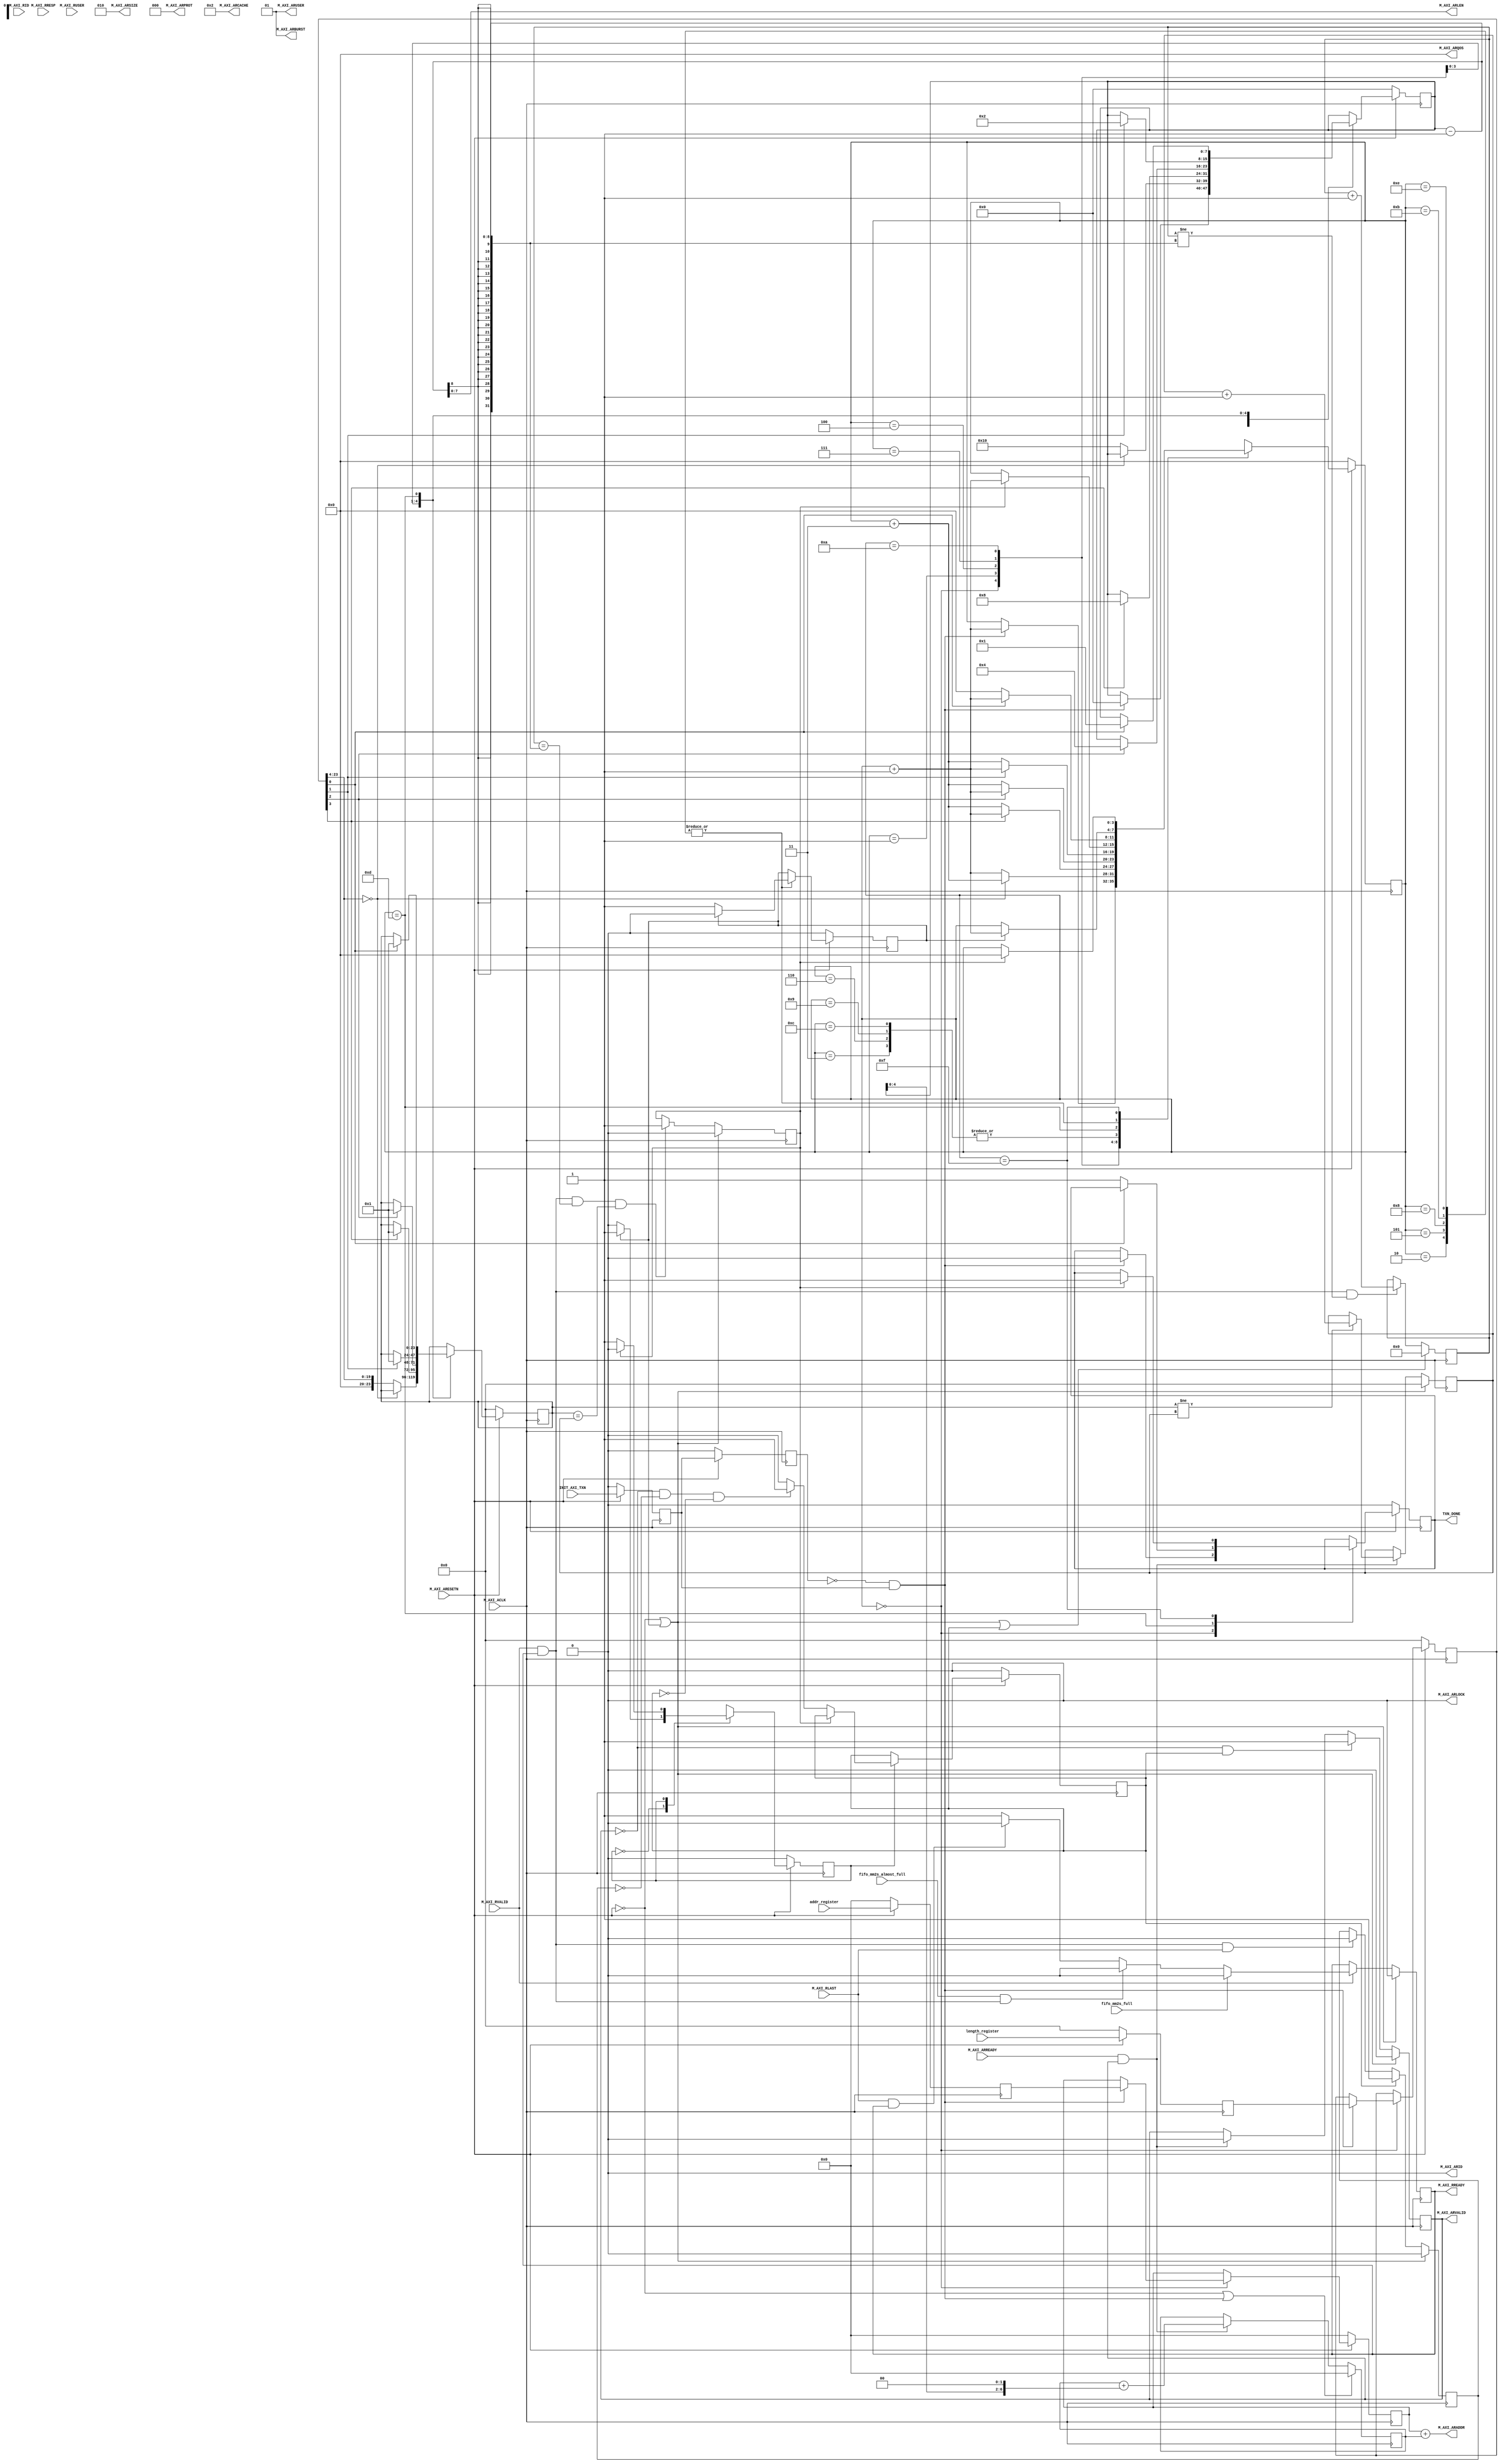

`timescale 1 ns / 1 ps

	module User_DMA_v1_0_M_AXI_FULL_mm2s #
	(
		// Users to add parameters here

		// User parameters ends
		// Do not modify the parameters beyond this line

		// Base address of targeted slave
		parameter  C_M_TARGET_SLAVE_BASE_ADDR	= 32'h40000000,
		// Burst Length. Supports 1, 2, 4, 8, 16, 32, 64, 128, 256 burst lengths
		parameter integer C_M_AXI_BURST_LEN	= 16,
		// Thread ID Width
		parameter integer C_M_AXI_ID_WIDTH	= 1,
		// Width of Address Bus
		parameter integer C_M_AXI_ADDR_WIDTH	= 32,
		// Width of Data Bus
		parameter integer C_M_AXI_DATA_WIDTH	= 32,
		// Width of User Write Address Bus
		parameter integer C_M_AXI_AWUSER_WIDTH	= 0,
		// Width of User Read Address Bus
		parameter integer C_M_AXI_ARUSER_WIDTH	= 0,
		// Width of User Write Data Bus
		parameter integer C_M_AXI_WUSER_WIDTH	= 0,
		// Width of User Read Data Bus
		parameter integer C_M_AXI_RUSER_WIDTH	= 0,
		// Width of User Response Bus
		parameter integer C_M_AXI_BUSER_WIDTH	= 0
	)
	(
		// Users to add ports here

		input fifo_mm2s_full,
		input fifo_mm2s_almost_full,

		input [23:0] length_register,
		input [31:0] addr_register,

		// User ports ends
		// Do not modify the ports beyond this line

		// Initiate AXI transactions
		input wire  INIT_AXI_TXN,
		// Asserts when transaction is complete
		output wire  TXN_DONE,


		// Global Clock Signal.
		input wire  M_AXI_ACLK,
		// Global Reset Singal. This Signal is Active Low
		input wire  M_AXI_ARESETN,

		// Master Interface Read Address.
		output wire [C_M_AXI_ID_WIDTH-1 : 0] M_AXI_ARID,
		// Read address. This signal indicates the initial
    // address of a read burst transaction.
		output wire [C_M_AXI_ADDR_WIDTH-1 : 0] M_AXI_ARADDR,
		// Burst length. The burst length gives the exact number of transfers in a burst
		output wire [7 : 0] M_AXI_ARLEN,
		// Burst size. This signal indicates the size of each transfer in the burst
		output wire [2 : 0] M_AXI_ARSIZE,
		// Burst type. The burst type and the size information,
    // determine how the address for each transfer within the burst is calculated.
		output wire [1 : 0] M_AXI_ARBURST,
		// Lock type. Provides additional information about the
    // atomic characteristics of the transfer.
		output wire  M_AXI_ARLOCK,
		// Memory type. This signal indicates how transactions
    // are required to progress through a system.
		output wire [3 : 0] M_AXI_ARCACHE,
		// Protection type. This signal indicates the privilege
    // and security level of the transaction, and whether
    // the transaction is a data access or an instruction access.
		output wire [2 : 0] M_AXI_ARPROT,
		// Quality of Service, QoS identifier sent for each read transaction
		output wire [3 : 0] M_AXI_ARQOS,
		// Optional User-defined signal in the read address channel.
		output wire [C_M_AXI_ARUSER_WIDTH-1 : 0] M_AXI_ARUSER,
		// Write address valid. This signal indicates that
    // the channel is signaling valid read address and control information
		output wire  M_AXI_ARVALID,
		// Read address ready. This signal indicates that
    // the slave is ready to accept an address and associated control signals
		input wire  M_AXI_ARREADY,
		// Read ID tag. This signal is the identification tag
    // for the read data group of signals generated by the slave.
		input wire [C_M_AXI_ID_WIDTH-1 : 0] M_AXI_RID,
		// Master Read Data
		// input wire [C_M_AXI_DATA_WIDTH-1 : 0] M_AXI_RDATA,
		// Read response. This signal indicates the status of the read transfer
		input wire [1 : 0] M_AXI_RRESP,
		// Read last. This signal indicates the last transfer in a read burst
		input wire  M_AXI_RLAST,
		// Optional User-defined signal in the read address channel.
		input wire [C_M_AXI_RUSER_WIDTH-1 : 0] M_AXI_RUSER,
		// Read valid. This signal indicates that the channel
    // is signaling the required read data.
		input wire  M_AXI_RVALID,
		// Read ready. This signal indicates that the master can
    // accept the read data and response information.
		output wire  M_AXI_RREADY
	);

	  function integer clogb2 (input integer bit_depth);
	  begin
	    for(clogb2=0; bit_depth>0; clogb2=clogb2+1)
	      bit_depth = bit_depth >> 1;
	    end
	  endfunction

	reg all_done;
	reg [3:0] state_ctrl;
	reg [23:0] burst_count;
	wire init_state_signal;
    reg [23:0] len_r_ff,len_r_state;
    reg [31:0] addr_r_ff,addr_r_state;

	reg [C_M_AXI_ADDR_WIDTH-1 : 0] 	axi_araddr;
	reg  	axi_arvalid;
	reg  	axi_rready;

	reg [4 : 0] 	read_index;

	wire [6 : 0] 	burst_size_bytes;

	reg [23 : 0] 	read_burst_counter;

	reg  	start_single_burst_read;

	reg  	reads_done;

	reg  	burst_read_active;

	wire  rnext;

	reg  	init_txn_ff;
	reg  	init_txn_ff2;
	reg  	init_txn_edge;
	reg  init_txn_pulse;

	reg [7:0] burst_len;

	assign M_AXI_ARID	= 'b0;
	assign M_AXI_ARADDR	= addr_r_state + axi_araddr;
	assign M_AXI_ARLEN	= burst_len - 1;
	assign M_AXI_ARSIZE	= clogb2((C_M_AXI_DATA_WIDTH/8)-1);
	assign M_AXI_ARBURST	= 2'b01;
	assign M_AXI_ARLOCK	= 1'b0;
	assign M_AXI_ARCACHE	= 4'b0010;
	assign M_AXI_ARPROT	= 3'h0;
	assign M_AXI_ARQOS	= 4'h0;
	assign M_AXI_ARUSER	= 'b1;
	assign M_AXI_ARVALID	= axi_arvalid;
	assign M_AXI_RREADY	= axi_rready;
	assign TXN_DONE	= all_done;
	assign burst_size_bytes	= burst_len << 2; //C_M_AXI_DATA_WIDTH/8

	  always @(posedge M_AXI_ACLK)
	  begin

	    if (M_AXI_ARESETN == 0 || init_txn_pulse == 1'b1 )
	      begin
	        axi_arvalid <= 1'b0;
	      end
	    else if (~axi_arvalid && start_single_burst_read)
	      begin
	        axi_arvalid <= 1'b1;
	      end
	    else if (M_AXI_ARREADY && axi_arvalid)
	      begin
	        axi_arvalid <= 1'b0;
	      end
	    else
	      axi_arvalid <= axi_arvalid;
	  end

	  always @(posedge M_AXI_ACLK)
	  begin
	    if (M_AXI_ARESETN == 0 || init_state_signal == 1'b1)
	      begin
	        axi_araddr <= 'b0;
	      end
	    else if (M_AXI_ARREADY && axi_arvalid)
	      begin
	        axi_araddr <= axi_araddr + burst_size_bytes;
	      end
	    else
	      axi_araddr <= axi_araddr;
	  end

	  assign rnext = M_AXI_RVALID && axi_rready;

	  always @(posedge M_AXI_ACLK)
	  begin
	    if (M_AXI_ARESETN == 0 || init_txn_pulse == 1'b1 || start_single_burst_read)
	      begin
	        read_index <= 0;
	      end
	    else if (rnext && (read_index != (burst_len-1) ))
	      begin
	        read_index <= read_index + 1;
	      end
	    else
	      read_index <= read_index;
	  end

	  always @(posedge M_AXI_ACLK)
	  begin
	    if (M_AXI_ARESETN == 0 || init_txn_pulse == 1'b1 )
	      begin
	        axi_rready <= 1'b0;
	      end
	    else if (M_AXI_RVALID)
	      begin
            if (fifo_mm2s_full)
              begin
                axi_rready <= 1'b0;
              end
            else if (fifo_mm2s_almost_full && rnext)
              begin
                axi_rready <= 1'b0;
              end
	        else if (M_AXI_RLAST && axi_rready)
	          begin
	            axi_rready <= 1'b0;
	          end
	        else
	          begin
	            axi_rready <= 1'b1;
	          end
	      end
	  end

	  always @(posedge M_AXI_ACLK)
	  begin
	    if (M_AXI_ARESETN == 0 || init_txn_pulse == 1'b1)
	      begin
	        read_burst_counter <= 'b0;
	      end
	    else if (M_AXI_ARREADY && axi_arvalid)
	      begin
	        if (burst_count != read_burst_counter)
	          begin
	            read_burst_counter <= read_burst_counter + 1'b1;
	          end
	      end
	    else
	      read_burst_counter <= read_burst_counter;
	  end

	  always @(posedge M_AXI_ACLK)
	  begin
	    if (M_AXI_ARESETN == 0 || init_txn_pulse == 1'b1)
	      burst_read_active <= 1'b0;
	    else if (start_single_burst_read)
	      burst_read_active <= 1'b1;
	    else if (M_AXI_RVALID && axi_rready && M_AXI_RLAST)
	      burst_read_active <= 0;
	    end

	  always @(posedge M_AXI_ACLK)
	  begin
	    if (M_AXI_ARESETN == 0 || init_txn_pulse == 1'b1)
	      reads_done <= 1'b0;
	    else if (M_AXI_RVALID && axi_rready && (read_index == burst_len-1) && (burst_count == read_burst_counter) )
	      reads_done <= 1'b1;
	    else
	      reads_done <= reads_done;
	    end

	// Add user logic here


	always @(posedge M_AXI_ACLK)
	  begin
	    if (M_AXI_ARESETN == 0 )
	      begin
	        init_txn_ff <= 1'b0;
	        init_txn_ff2 <= 1'b0;
	      end
	    else
	      begin
	        init_txn_ff <= INIT_AXI_TXN;
	        init_txn_ff2 <= init_txn_ff;
	      end
	  end

	assign init_state_signal	= (!init_txn_ff2) && init_txn_ff;

	always @(posedge M_AXI_ACLK)
	  begin
	    if (M_AXI_ARESETN == 0 )
	      begin
	        len_r_ff  <= 0;
					addr_r_ff <= 0;
	      end
	    else
	      begin
	        len_r_ff  <= length_register;
					addr_r_ff <= addr_register;
	      end
	  end

	always @(posedge M_AXI_ACLK)
	  begin
	    if (M_AXI_ARESETN == 0 )
	      begin
					state_ctrl <= 0;

					len_r_state <= 0;
					addr_r_state <= 0;

					burst_len <= 0;
					burst_count <= 0;

					init_txn_pulse <=0;
					all_done <= 0;

	      end
	    else
	      begin
					case (state_ctrl)

						0:
						begin
							if ( init_state_signal == 1'b1)
								begin
									state_ctrl  <= state_ctrl + 1;

									len_r_state <= len_r_ff;
									addr_r_state <= addr_r_ff;

									burst_len <= 0;

									all_done <= 0;
								end
							else
								begin
									state_ctrl  <= state_ctrl;
								end
						end

						1:
						begin
							if(len_r_state[23:4] == 20'd0)
								begin
									state_ctrl <= state_ctrl + 3;
								end
							else
								begin
									state_ctrl <= state_ctrl + 1;
									burst_len <= 16;
									burst_count <= len_r_state[23:4];
								end
						end

						2:
						begin
							if(init_txn_pulse)
								begin
									init_txn_pulse <= 0;
									state_ctrl <= state_ctrl + 1;
								end
							else
								begin
									init_txn_pulse <= 1;
									state_ctrl <= state_ctrl;
								end
						end

						3:
						begin
							if(reads_done)
								begin
									state_ctrl <= state_ctrl + 1;
								end
							else
								begin
									state_ctrl <= state_ctrl;
								end
						end

						4:
						begin
							if(len_r_state[3])
								begin
									state_ctrl <= state_ctrl + 1;
									burst_len <= 8;
									burst_count <= 1;
								end
							else
								begin
									state_ctrl <= state_ctrl + 3;
								end
						end

						5:
						begin
							if(init_txn_pulse)
								begin
									init_txn_pulse <= 0;
									state_ctrl <= state_ctrl + 1;
								end
							else
								begin
									init_txn_pulse <= 1;
									state_ctrl <= state_ctrl;
								end
						end

						6:
						begin
							if(reads_done)
								begin
									state_ctrl <= state_ctrl + 1;
								end
							else
								begin
									state_ctrl <= state_ctrl;
								end
						end

						7:
						begin
							if(len_r_state[2])
								begin
									state_ctrl <= state_ctrl + 1;
									burst_len <= 4;
									burst_count <= 1;
								end
							else
								begin
									state_ctrl <= state_ctrl + 3;
								end
						end

						8:
						begin
							if(init_txn_pulse)
								begin
									init_txn_pulse <= 0;
									state_ctrl <= state_ctrl + 1;
								end
							else
								begin
									init_txn_pulse <= 1;
									state_ctrl <= state_ctrl;
								end
						end

						9:
						begin
							if(reads_done)
								begin
									state_ctrl <= state_ctrl + 1;
								end
							else
								begin
									state_ctrl <= state_ctrl;
								end
						end

						10:
						begin
							if(len_r_state[1])
								begin
									state_ctrl <= state_ctrl + 1;
									burst_len <= 2;
									burst_count <= 1;
								end
							else
								begin
									state_ctrl <= state_ctrl + 3;
								end
						end

						11:
						begin
							if(init_txn_pulse)
								begin
									init_txn_pulse <= 0;
									state_ctrl <= state_ctrl + 1;
								end
							else
								begin
									init_txn_pulse <= 1;
									state_ctrl <= state_ctrl;
								end
						end

						12:
						begin
							if(reads_done)
								begin
									state_ctrl <= state_ctrl + 1;
								end
							else
								begin
									state_ctrl <= state_ctrl;
								end
						end

						13:
						begin
							if(len_r_state[0])
								begin
									state_ctrl <= state_ctrl + 1;
									burst_len <= 1;
									burst_count <= 1;
								end
							else
								begin
									state_ctrl <= 0;
									all_done   <= 1;
								end
						end

						14:
						begin
							if(init_txn_pulse)
								begin
									init_txn_pulse <= 0;
									state_ctrl <= state_ctrl + 1;
								end
							else
								begin
									init_txn_pulse <= 1;
									state_ctrl <= state_ctrl;
								end
						end

						15:
						begin
							if(reads_done)
								begin
									state_ctrl <= 0;
									all_done <= 1;
								end
							else
								begin
									state_ctrl <= state_ctrl;
								end
						end

					default:
						begin

						end
					endcase
	      end
	  end

		reg state_read;

	always @ ( posedge M_AXI_ACLK)
	begin
		if (M_AXI_ARESETN == 1'b0 )
			begin
				state_read <= 0;
				start_single_burst_read  <= 1'b0;
			end
		else
			begin
				case (state_read)

					0:
					begin
						if ( init_txn_pulse == 1'b1)
							begin
								state_read  <= 1;
							end
						else
							begin
								state_read  <= state_read;
							end
					end

					1:
					begin
						if (reads_done)
							begin
								state_read <= 0;
							end
						else
							begin
								state_read  <= state_read;

								if (~axi_arvalid && ~burst_read_active && ~start_single_burst_read)
									begin
										start_single_burst_read <= 1'b1;
									end
							 else
								 begin
									 start_single_burst_read <= 1'b0;
								 end
							end
					end

					default :
						begin
							state_read  <= 0;
						end
				endcase
			end
	end

	// User logic ends

	endmodule